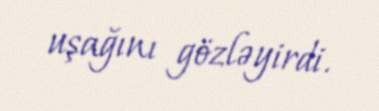
uşağını gözləyirdi.